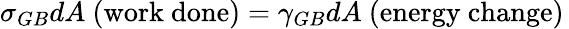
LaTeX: \sigma_{GB}dA{\mathrm{~(work~done)}}=\gamma_{GB}dA{\mathrm{~(energy~change)}}\,